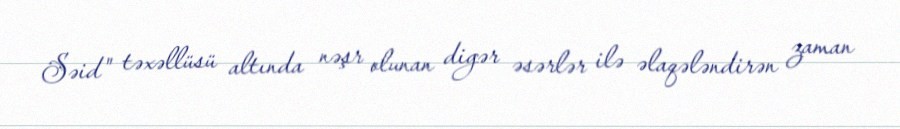
Səid" təxəllüsü altında nəşr olunan digər əsərlər ilə əlaqələndirən zaman